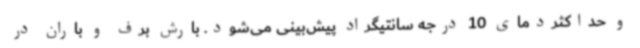
و حداکثردمای 10 درجه سانتیگراد پیش‌بینی می‌شود. بارش برف و باران در